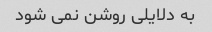
به دلایلی روشن نمی شود